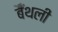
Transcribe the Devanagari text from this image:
बैँथली